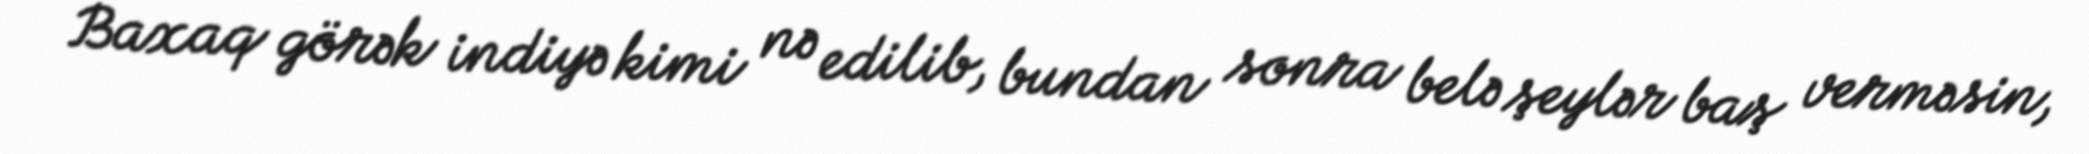
Baxaq görək indiyə kimi nə edilib, bundan sonra belə şeylər baş verməsin,